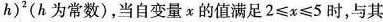
h ) ^ { 2 }$$(h为常数)，当自变量x的值满足$$2 ≤ x ≤ 5$$时，与其